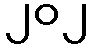
၂၀၂